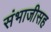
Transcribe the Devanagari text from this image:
संभाजीसह